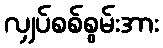
လျှပ်စစ်စွမ်းအား